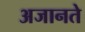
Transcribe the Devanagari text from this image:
अजानते